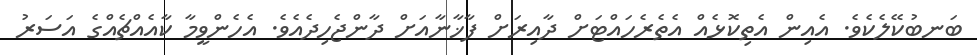
ބަނބުކޭލެކެވެ. އެއިން އެތިކޮޅެއް އެތެރެހައްޓަށް ދާއިރަށް ފާޚާނާއަށް ދާންޖެހިދެއެވެ. އެހެންވީމާ ކާއެއްޗެއްގެ އަސަރު